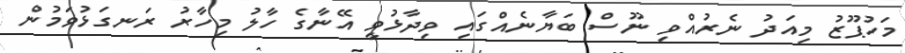
މަހުޕޫޒު މިއަދު ނެރުއްވި ނޫސް ބަޔާނެއްގައި ވިދާޅުވީ އޭނާގެ ހާލު މިހާރު ރަނގަޅުވަމުން